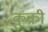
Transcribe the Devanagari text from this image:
कुक्री